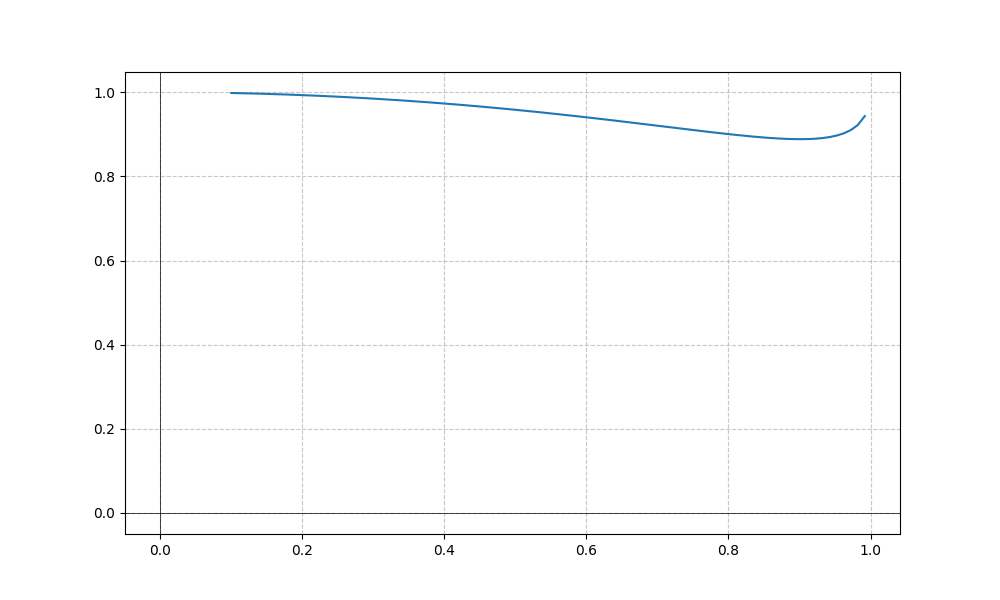
LaTeX formula: \cot{\left(x \right)} \operatorname{asin}{\left(x \right)}